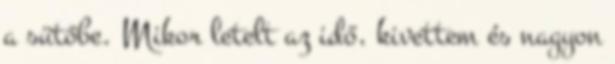
a sütőbe. Mikor letelt az idő, kivettem és nagyon